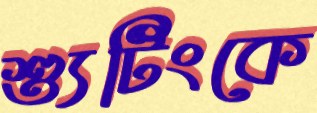
শ্যুটিংকে